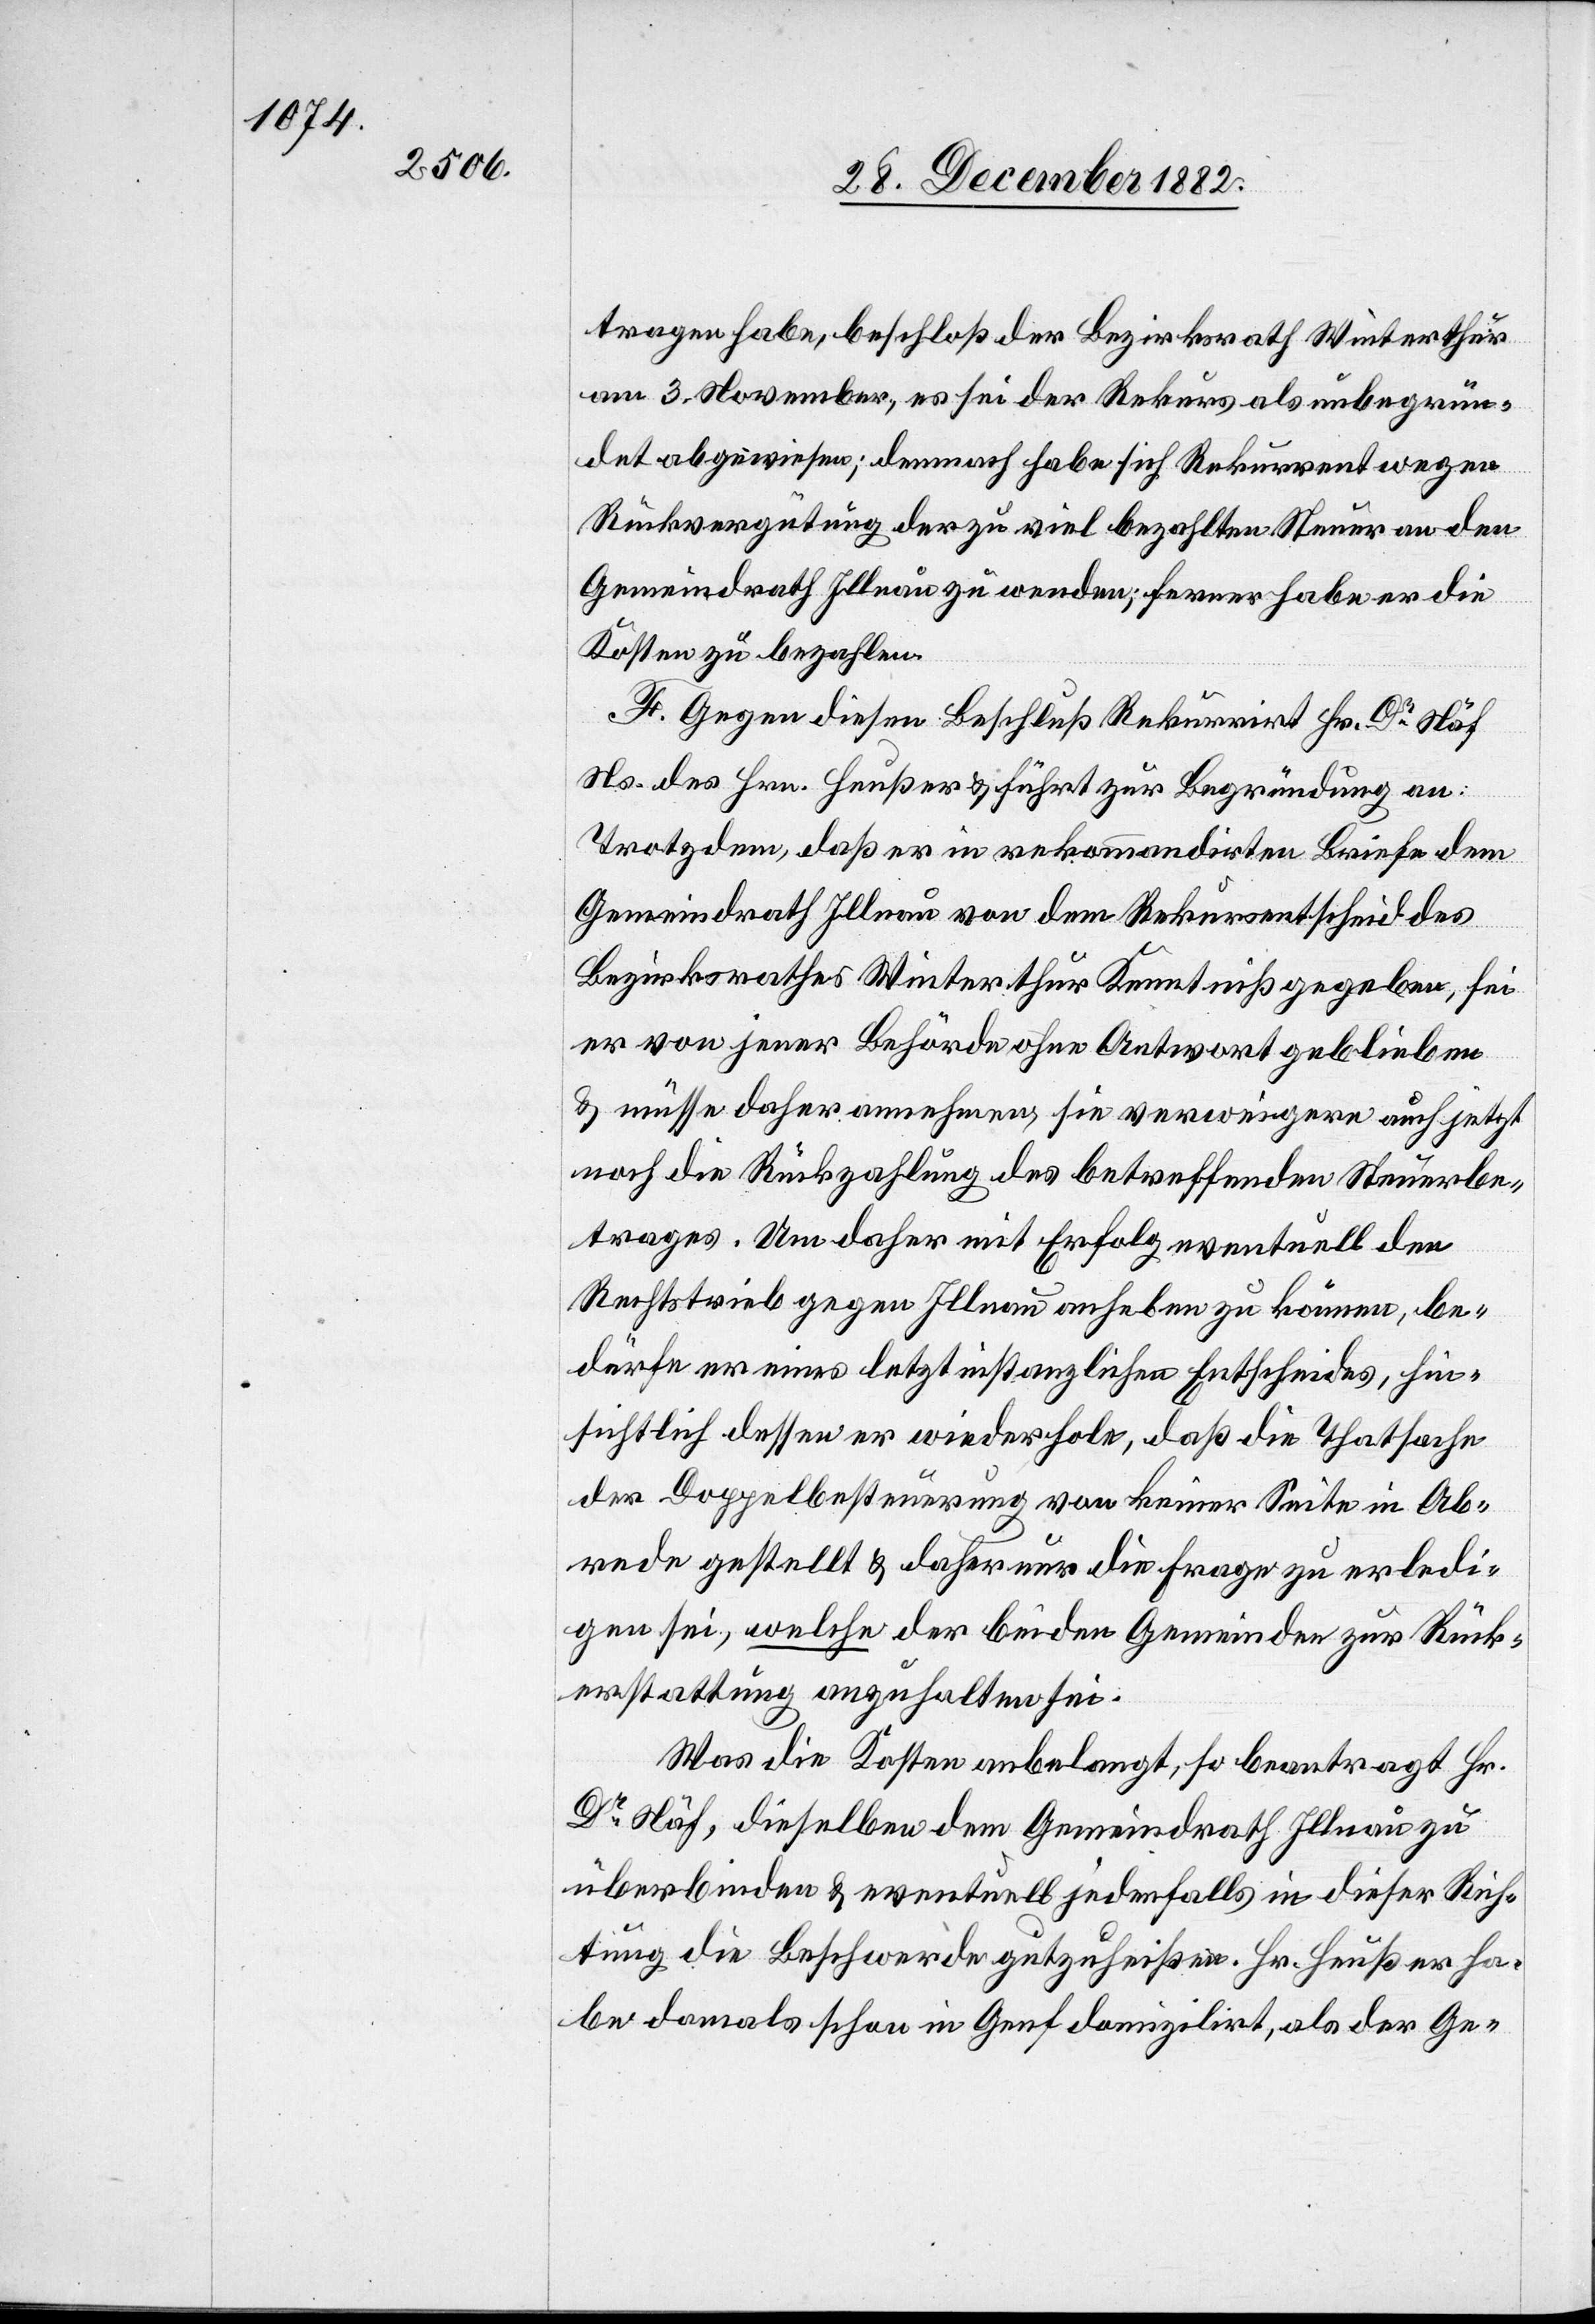
tragen habe, beschloß der Bezirksrath Winterthur
am 3. November, es sei der Rekurs als unbegrün¬
det abgewiesen; demnach habe sich Rekurrent wegen
Rückvergütung der zu viel bezahlten Steuer an den
Gemeindrath Illnau zu wenden; ferner habe er die
Kosten zu bezahlen.
F. Gegen diesen Beschluß Rekurrirt [sic!] Hr. Dr Näf
Ns. des Hrn. Heußer & führt zur Begründung an:
Trotzdem, daß er in rekommandirten [recte:
Gemeindrath Illnau von dem Rekursentscheid des
Bezirksrathes Winterthur Kenntniß gegeben, sei
er von jener Behörde ohne Antwort geblieben
& müsse daher annehmen, sie verweigere auch jetzt
noch die Rückzahlung des betreffenden Steuerbe¬
trages. Um daher mit Erfolg eventuell den
Rechtstrieb gegen Illnau anheben zu können, be¬
dürfe er eines letztinstanzlichen Entscheides, hin¬
sichtlich dessen er wiederhole, daß die Thatsache
der Doppelbesteuerung von keiner Seite in Ab¬
rede gestellt & daher nur die Frage zu erledi¬
gen sei, welche der beiden Gemeinden zur Rück¬
erstattung anzuhalten sei.
Was die Kosten anbelangt, so beantragt Hr.
Dr Näf, dieselben dem Gemeindrath Illnau zu
überbinden & eventuell jedenfalls in dieser Rich¬
tung die Beschwerde gutzuheißen. Hr. Heußer ha¬
be damals schon in Genf domizilirt, als der Ge-